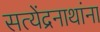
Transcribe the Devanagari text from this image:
सत्येंद्रनाथांना